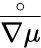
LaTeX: \overset{\circ}{\overline{{\nabla\mu}}}